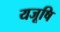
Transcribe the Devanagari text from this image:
यजूषि